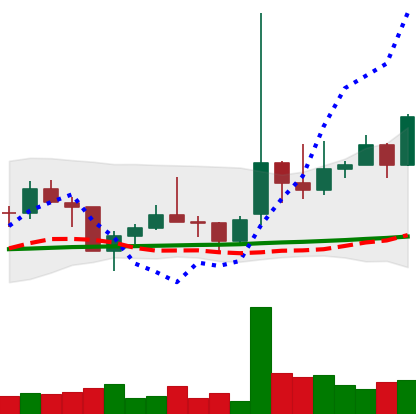
Ticker: TRX-USD
Chart end date: 2021-02-05
Forward return: 27.397%
Label: up_7plus